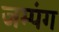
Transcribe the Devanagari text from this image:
जम्पंग